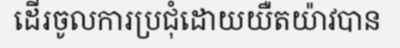
ដើរចូលការប្រជុំដោយយឺតយ៉ាវបាន